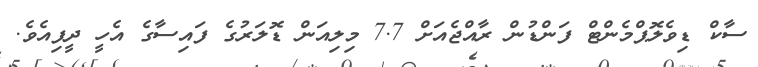
ސާކް ޑިވެލޮޕްމެންޓް ފަންޑުން ރާއްޖެއަށް 7.7 މިލިއަން ޑޮލަރުގެ ފައިސާގެ އެހީ ދީފިއެވެ.